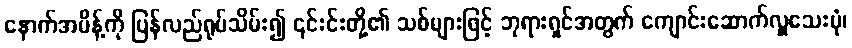
နောက်အမိန့်ကို ပြန်လည်ရုပ်သိမ်း၍ ၎င်းင်းတို့၏ သစ်များဖြင့် ဘုရားရှင်အတွက် ကျောင်းဆောက်လှူသေးပုံ၊